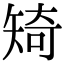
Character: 𥏜